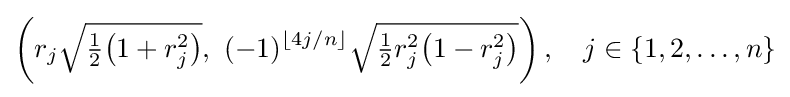
\left(r_{j}{\sqrt {{\tfrac {1}{2}}{\bigl (}1+r_{j}^{2}{\bigr )}}},\ (-1)^{\left\lfloor 4j/n\right\rfloor }{\sqrt {{\tfrac {1}{2}}r_{j}^{2}{\bigl (}1-r_{j}^{2}{\bigr )}}}\right),\quad j\in \{1,2,\ldots ,n\}